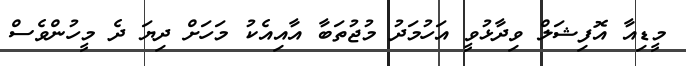
މީޑިއާ އޮފިޝަލް ވިދާޅުވީ އަހުމަދު މުޖުތަބާ އާއިއެކު މަހަށް ދިޔަ ދެ މީހުންވެސް